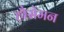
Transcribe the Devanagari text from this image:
हौसेमन